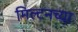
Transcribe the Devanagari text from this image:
मिल्टनच्या